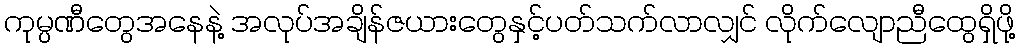
ကုမ္ပဏီတွေအနေနဲ့ အလုပ်အချိန်ဇယားတွေနှင့်ပတ်သက်လာလျှင် လိုက်လျောညီထွေရှိဖို့